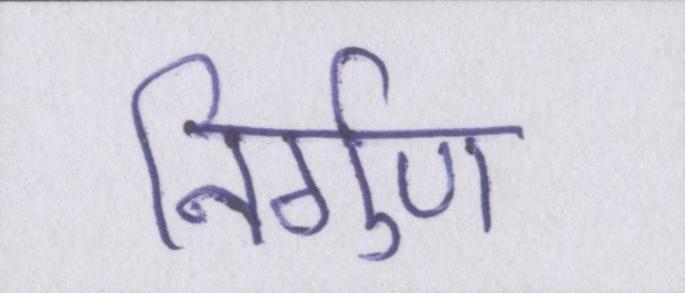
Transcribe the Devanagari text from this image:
निर्गुण